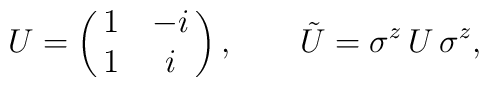
U=\pmatrix{1&-i\cr 1& i\cr},\qquad\tilde{U}=\sigma^z\, U \,\sigma^z,